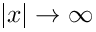
| x | \to \infty